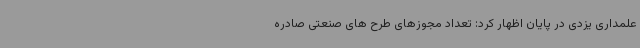
علمداری یزدی در پایان اظهار کرد: تعداد مجوزهای طرح های صنعتی صادره